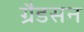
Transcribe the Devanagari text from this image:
ग्रैडसन